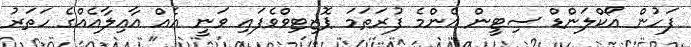
ފަހުން އޯކްލަންޑް ސިޓީން އެންމެ ފުރަތަމަ ޕޮޒިޓިވްވެފައި ވަނީ އެއް އާއިލާއެއްގެ ހަތަރު